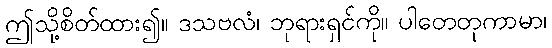
ဤသို့စိတ်ထား၍။ ဒသဗလံ၊ ဘုရားရှင်ကို။ ပါတေတုကာမာ၊